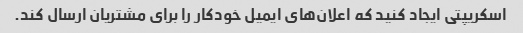
اسکریپتی ایجاد کنید که اعلان‌های ایمیل خودکار را برای مشتریان ارسال کند.